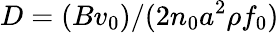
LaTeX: D=(Bv_{0})/(2n_{0}a^{2}\rho f_{0})